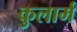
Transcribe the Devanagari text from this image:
कुलार्म